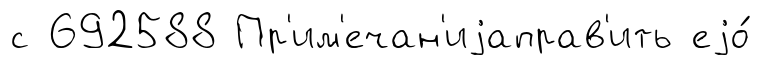
с 692588 Пр'им'ечан'иjаправ'ить еjо́